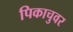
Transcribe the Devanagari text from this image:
पिकाचुवर